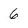
Character: 6